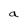
Character: a